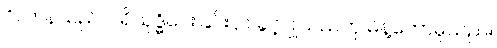
ဂိလာနသည် ပါရိသုဒ္ဓိပေးခြင်းငှာ ခွင့်ပြုသည်ဟု မိန့်တော်မူသည်။